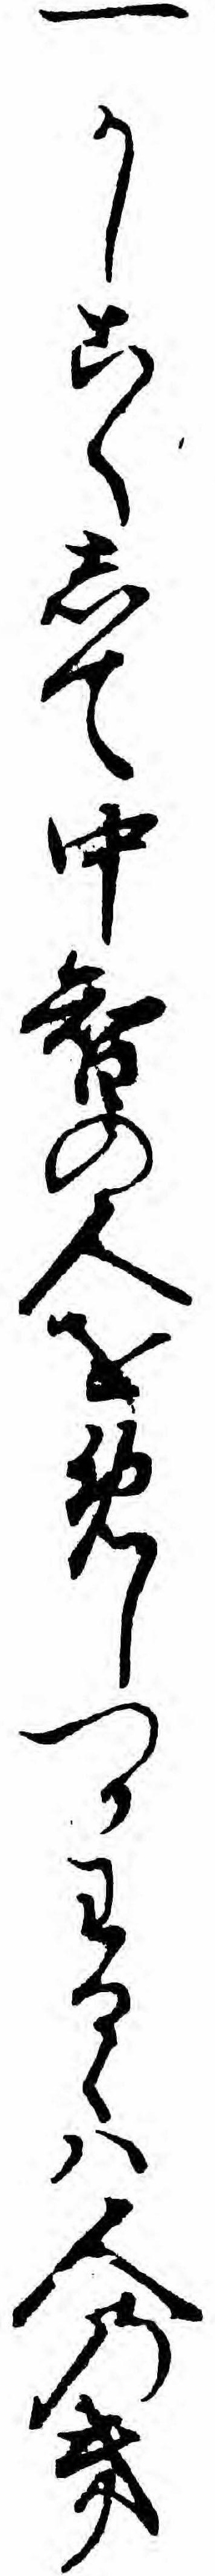
一かしこくして中智の人をめしつかわるゝハ人のき